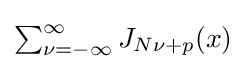
{\textstyle \sum _{\nu =-\infty }^{\infty }J_{N\nu +p}(x)}